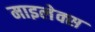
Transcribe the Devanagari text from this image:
माइलेक्स